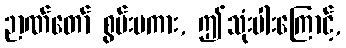
ဉာဏ်တော် စွမ်းပကား, ဤသုံးပါးကြောင့်,